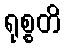
ရုစ္စတိ